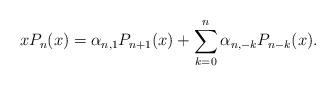
LaTeX: \begin{align*} xP_n(x) = \alpha_{n,1} P_{n+1}(x) + \sum_{k=0}^n \alpha_{n,-k} P_{n-k}(x) . \end{align*}